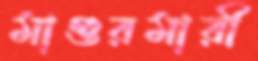
মাগুরমারী